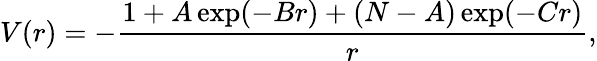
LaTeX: V(r)=-\frac{1+A\exp(-Br)+(N-A)\exp(-Cr)}{r},